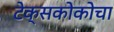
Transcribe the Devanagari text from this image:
टेक्सकोकोचा